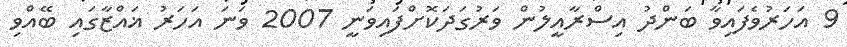
9 އަހަރުވެފައިވާ ބަންދު އިސްރާއީލުން ވަރުގަދަކޮށްފައިވަނީ 2007 ވަނަ އަހަރު ޣައްޒާގައި ބޭއްވި